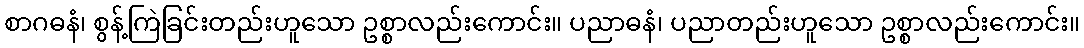
စာဂဓနံ၊ စွန့်ကြဲခြင်းတည်းဟူသော ဥစ္စာလည်းကောင်း။ ပညာဓနံ၊ ပညာတည်းဟူသော ဥစ္စာလည်းကောင်း။